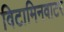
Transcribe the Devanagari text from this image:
विटामिनवाटर